Indian journal of veterinary science and animal husbandry - Volumes 24-25, 1954-1955
Year: 1954
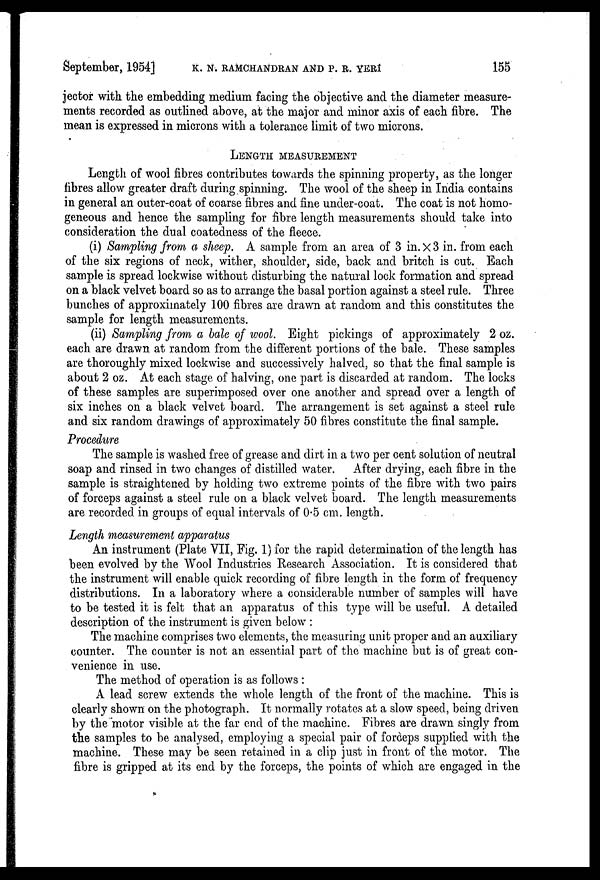
September, 1954] K. N. RAMCHANDRAN AND P. R. YERI 155
jector with the embedding medium facing the objective and the diameter measure-
ments recorded as outlined above, at the major and minor axis of each fibre. The
mean is expressed in microns with a tolerance limit of two microns.
LENGTH MEASUREMENT
Length of wool fibres contributes towards the spinning property, as the longer
fibres allow greater draft during spinning. The wool of the sheep in India contains
in general an outer-coat of coarse fibres and fine under-coat. The coat is not homo-
geneous and hence the sampling for fibre length measurements should take into
consideration the dual coatedness of the fleece.
(i) Sampling from a sheep. A sample from an area of 3 in. x 3 in. from each
of the six regions of neck, wither, shoulder, side, back and britch is cut. Each
sample is spread lockwise without disturbing the natural lock formation and spread
on a black velvet board so as to arrange the basal portion against a steel rule. Three
bunches of approximately 100 fibres are drawn at random and this constitutes the
sample for length measurements.
(ii) Sampling from a bale of wool. Eight pickings of approximately 2 oz.
each are drawn at random from the different portions of the bale. These samples
are thoroughly mixed lockwise and successively halved, so that the final sample is
about 2 oz. At each stage, of halving, one part is discarded at random. The locks
of these samples are superimposed over one another and spread over a length of
six inches on a black velvet board. The arrangement is set against a steel rule
and six random drawings of approximately 50 fibres constitute the final sample.
Procedure
The sample is washed free of grease and dirt in a two per cent solution of neutral
soap and rinsed in two changes of distilled water. After drying, each fibre in the
sample is straightened by holding two extreme points of the fibre with two pairs
of forceps against a steel rule on a black velvet board. The length measurements
are recorded in groups of equal intervals of 0.5 cm. length.
Length measurement apparatus
An instrument (Plate VII, Fig. 1) for the rapid determination of the length has
been evolved by the Wool Industries Research Association. It is considered that
the instrument will enable quick recording of fibre length in the form of frequency
distributions. In a laboratory where a considerable number of samples will have
to be tested it is felt that an apparatus of this type will be useful. A detailed
description of the instrument is given below :
The machine comprises two elements, the measuring unit proper and an auxiliary
counter. The counter is not an essential part of the machine but is of great con-
venience in use.
The method of operation is as follows :
A lead screw extends the whole length of the front of the machine. This is
clearly shown on the photograph. It normally rotates at a slow speed, being driven
by the motor visible at the far end of the machine. Fibres are drawn singly from
the samples to be analysed, employing a special pair of forceps supplied with the
machine. These may be seen retained in a clip just in front of the motor. The
fibre is gripped at its end by the forceps, the points of which are engaged in the